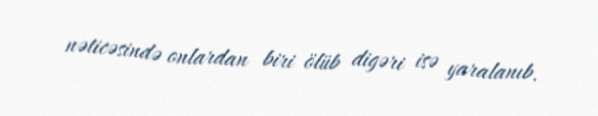
nəticəsində onlardan biri ölüb digəri isə yaralanıb.